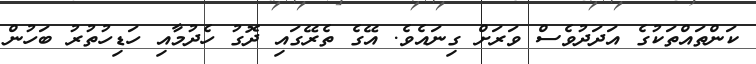
ކަންތައްތަކުގެ އަދަދުވެސް ވަރަށް ގިނައެވެ. އޭގެ ތެރޭގައި ދޮގު ހެދުމާއި ހަޑިހުތުރު ބަހުން